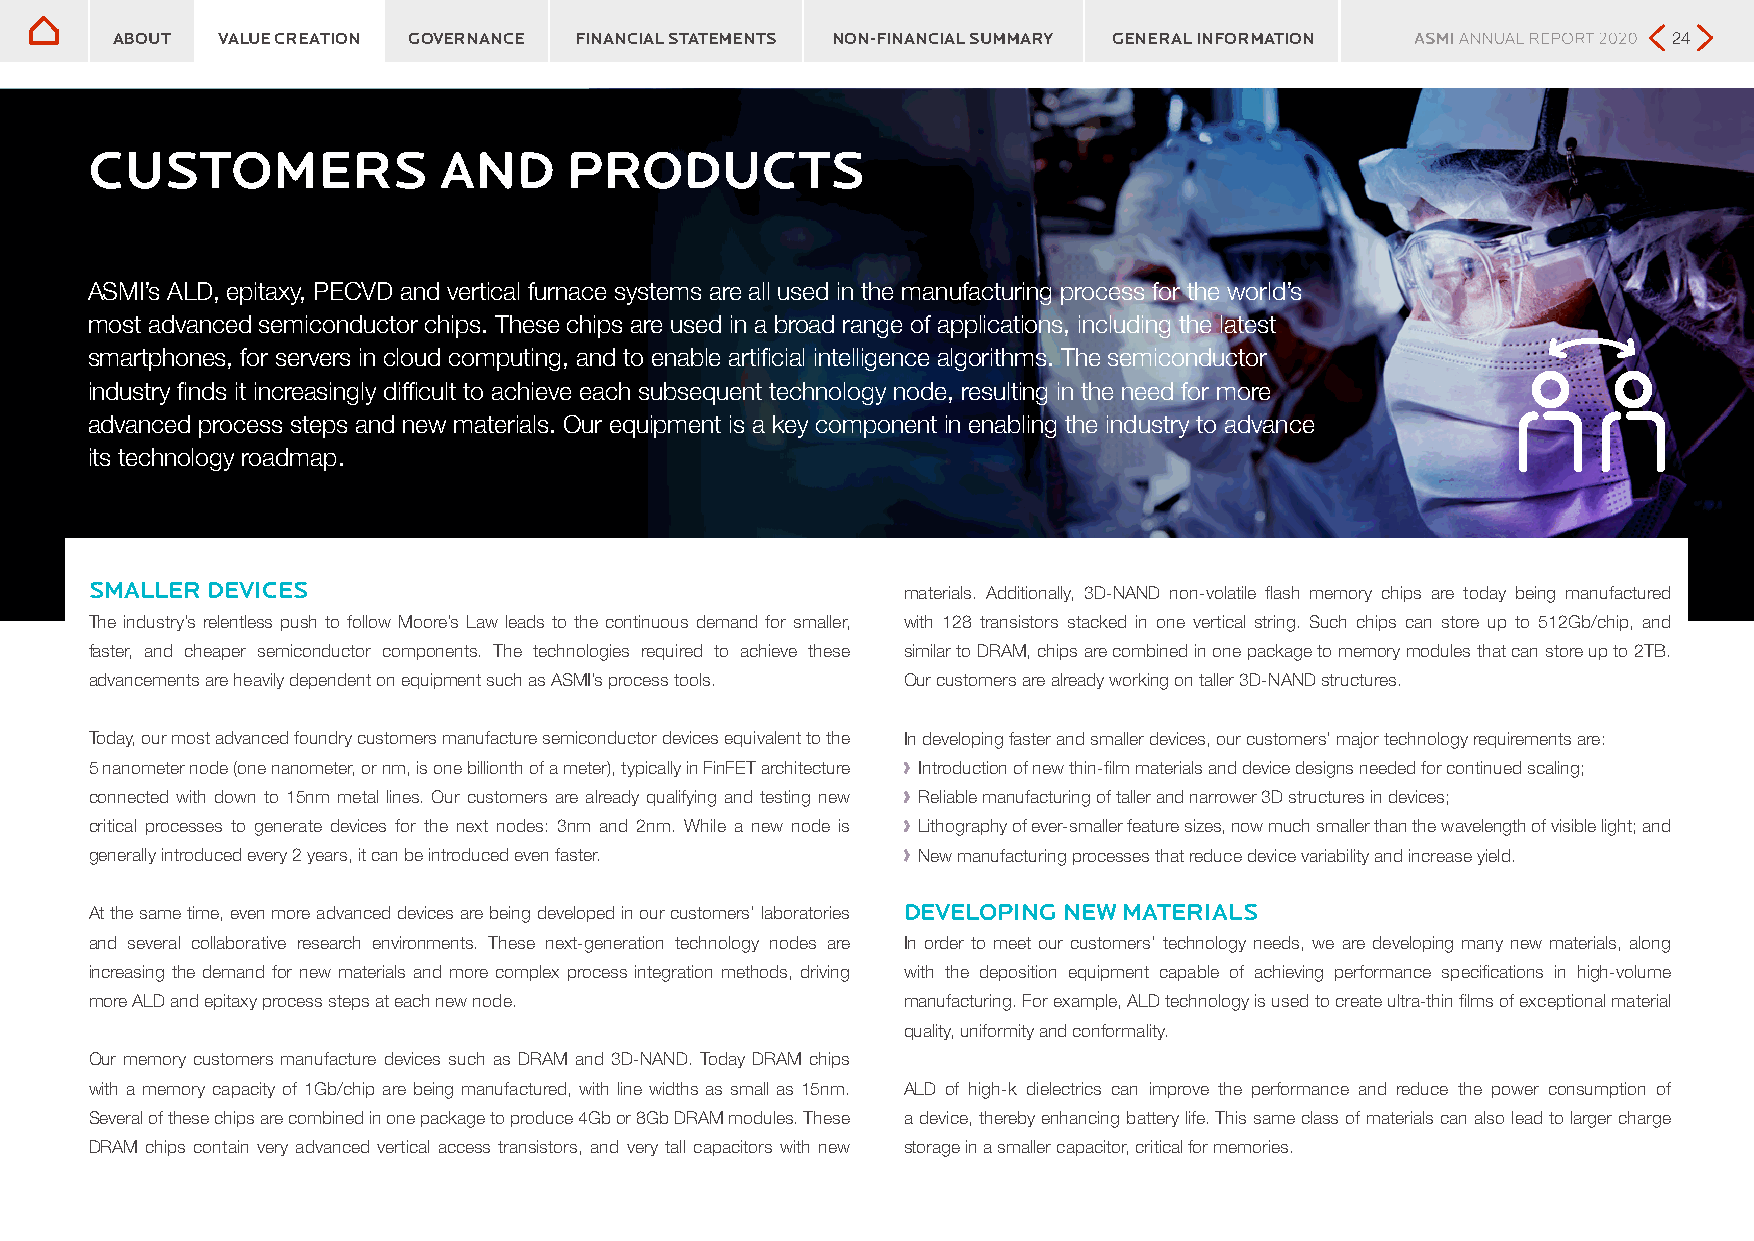
Customers and products
 Customers and products
 ABOUT  VALUE CREATION GOVERNANCE FINANCIAL STATEMENTS NON-FINANCIAL SUMMARY GENERAL INFORMATION         24
 CUSTOMERS              AND      PRODUCTS
 ASMI’s ALD, epitaxy, PECVD and vertical furnace systems are all used in the manufacturing process for the world’s
 most advanced semiconductor chips. These chips are used in a broad range of applications, including the latest
 smartphones, for servers in cloud computing, and to enable artificial intelligence algorithms. The semiconductor
 industry finds it increasingly difficult to achieve each subsequent technology node, resulting in the need for more
 advanced process steps and new materials. Our equipment is a key component in enabling the industry to advance
 its technology roadmap.
 SMALLER DEVICES                                       materials. Additionally, 3D-NAND non-volatile flash memory chips are today being manufactured
 The industry’s relentless push to follow Moore’s Law leads to the continuous demand for smaller, with 128 transistors stacked in one vertical string. Such chips can store up to 512Gb/chip, and
 faster, and cheaper semiconductor components. The technologies required to achieve these similar to DRAM, chips are combined in one package to memory modules that can store up to 2TB.
 advancements are heavily dependent on equipment such as ASMI’s process tools. Our customers are already working on taller 3D-NAND structures.
 Today, our most advanced foundry customers manufacture semiconductor devices equivalent to the In developing faster and smaller devices, our customers’ major technology requirements are:
 5 nanometer node (one nanometer, or nm, is one billionth of a meter), typically in FinFET architecture ›› Introduction of new thin-film materials and device designs needed for continued scaling;
 connected with down to 15nm metal lines. Our customers are already qualifying and testing new ›› Reliable manufacturing of taller and narrower 3D structures in devices;
 critical processes to generate devices for the next nodes: 3nm and 2nm. While a new node is ›› Lithography of ever-smaller feature sizes, now much smaller than the wavelength of visible light; and
 generally introduced every 2 years, it can be introduced even faster. ›› New manufacturing processes that reduce device variability and increase yield.
 At the same time, even more advanced devices are being developed in our customers’ laboratories DEVELOPING NEW MATERIALS
 and several collaborative research environments. These next-generation technology nodes are In order to meet our customers’ technology needs, we are developing many new materials, along
 increasing the demand for new materials and more complex process integration methods, driving with the deposition equipment capable of achieving performance specifications in high-volume
 more ALD and epitaxy process steps at each new node.  manufacturing. For example, ALD technology is used to create ultra-thin films of exceptional material
 quality, uniformity and conformality.
 Our memory customers manufacture devices such as DRAM and 3D-NAND. Today DRAM chips
 with a memory capacity of 1Gb/chip are being manufactured, with line widths as small as 15nm. ALD of high-k dielectrics can improve the performance and reduce the power consumption of
 Several of these chips are combined in one package to produce 4Gb or 8Gb DRAM modules. These a device, thereby enhancing battery life. This same class of materials can also lead to larger charge
 DRAM chips contain very advanced vertical access transistors, and very tall capacitors with new storage in a smaller capacitor, critical for memories.